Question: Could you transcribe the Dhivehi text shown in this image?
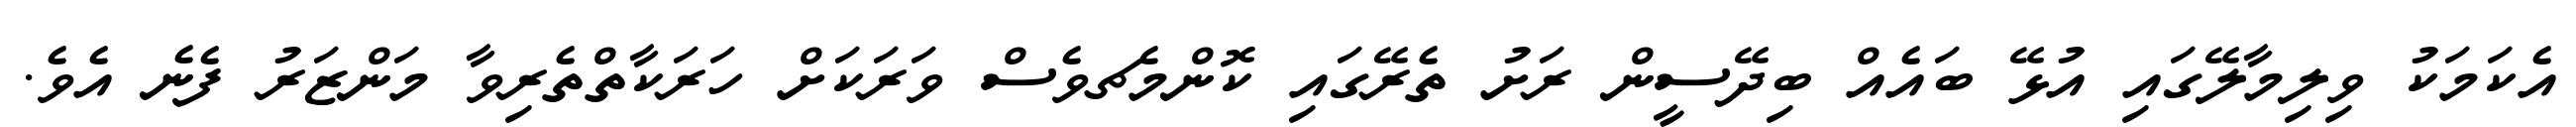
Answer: އެކަމަކު ވިލިމާލޭގައި އުޅޭ ބައެއް ބިދޭސީން ރަށު ތެރޭގައި ކޮންމެޗވެސް ވަރަކަށް ހަރަކާތްތެރިވާ މަންޒަރު ފެނެ އެވެ.